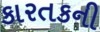
કારતકની